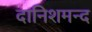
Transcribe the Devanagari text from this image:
दानिशमन्द